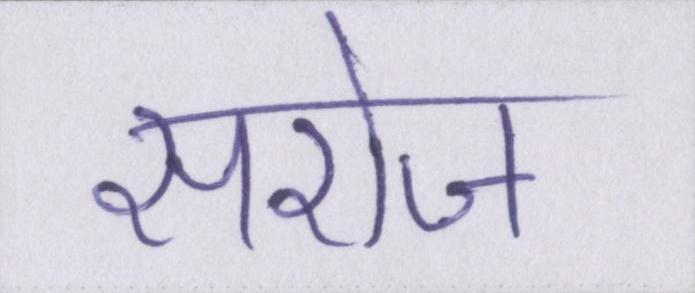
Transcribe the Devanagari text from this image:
सरोज